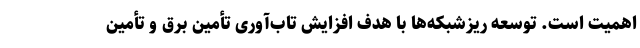
اهمیت است. توسعه ریزشبکه‌ها با هدف افزایش تاب‌آوری تأمین برق و تأمین